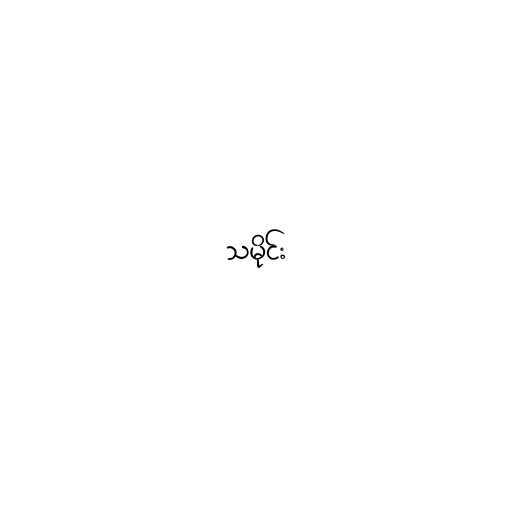
သမိုင်း